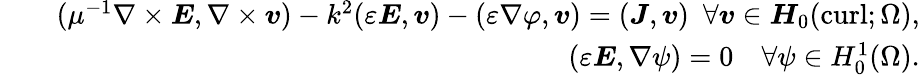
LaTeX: \begin{array}{rlr}&{}&{(\mu^{-1}\nabla\times{\boldsymbol{E}},\nabla\times\boldsymbol{v})-k^{2}(\varepsilon{\boldsymbol{E}},\boldsymbol{v})-(\varepsilon\nabla\varphi,\boldsymbol{v})=({\boldsymbol{J}},\boldsymbol{v})\ \ \forall\boldsymbol{v}\in{\boldsymbol{H}}_{0}(\mathrm{curl};\Omega),}\\ &{}&{(\varepsilon{\boldsymbol{E}},\nabla\psi)=0\ \ \ \ \forall\psi\in H_{0}^{1}(\Omega).}\end{array}